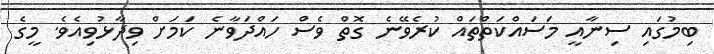
ބިމުގައި ސިނާއީ މަސައްކަތްތައް ކުރެވޭނެ ގޮތް ވެސް ހައްދަވާނެ ކަމަށް ވިދާޅުވިއެވެ. މީގެ